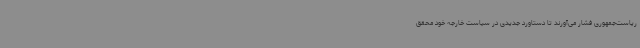
ریاست‌جمهوری فشار می‌آورند تا دستاورد جدیدی در سیاست خارجه خود محقق